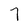
Character: 7